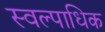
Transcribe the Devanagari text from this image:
स्वल्पाधिक